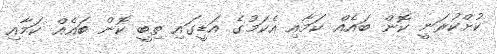
ކުށްކުރަނީ ކޮން ބައެއް ކަމާއި އެކަމުގެ އަޑީގައި ތިބީ ކޮން ބައެއް ކަމާއި